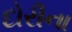
દોરીના